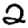
Digit: 2